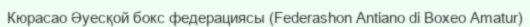
Кюрасао Әуесқой бокс федерациясы (Federashon Antiano di Boxeo Amatur)